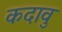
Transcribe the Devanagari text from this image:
कदावु